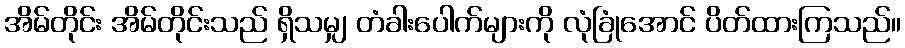
အိမ်တိုင်း အိမ်တိုင်းသည် ရှိသမျှ တံခါးပေါက်များကို လုံခြုံအောင် ပိတ်ထားကြသည်။